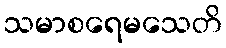
သမာစရေမသေတိ